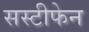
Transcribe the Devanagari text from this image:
सस्टीफेन